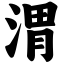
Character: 渭